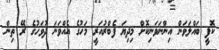
ކޮފީ ބައްލަވަން އިންނަވަނިކޮށް މިދިޔަ ފެބްރުއަރީ މަހުގެ އެއްވަނަ ދުވަހުގެ ރޭ ތިން